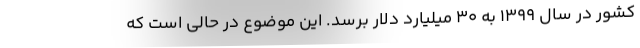
کشور در سال ۱۳۹۹ به ۳۰ میلیارد دلار برسد. این موضوع در حالی است که